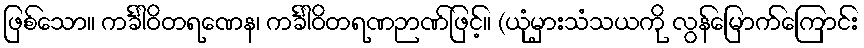
ဖြစ်သော။ ကင်္ခါဝိတရဏေန၊ ကင်္ခါဝိတရဏဉာဏ်ဖြင့်။ (ယုံမှားသံသယကို လွန်မြောက်ကြောင်း